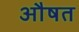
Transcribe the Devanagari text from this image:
औषत